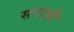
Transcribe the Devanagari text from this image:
साठाही